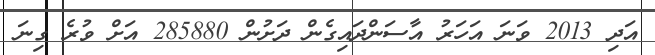
އަދި 2013 ވަނަ އަހަރު އާސަންދައިގެން ދަށުން 285880 އަށް ވުރެ ގިނަ